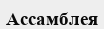
Ассамблея